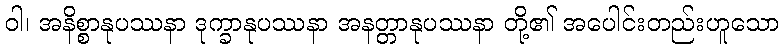
ဝါ၊ အနိစ္စာနုပဿနာ ဒုက္ခာနုပဿနာ အနတ္တာနုပဿနာ တို့၏ အပေါင်းတည်းဟူသော